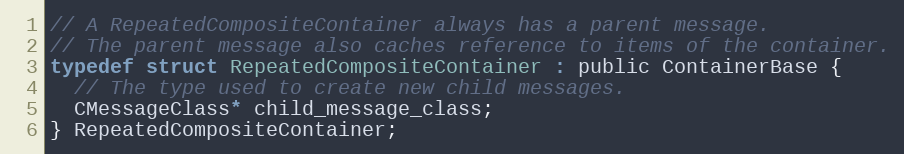
Language: C
// A RepeatedCompositeContainer always has a parent message.
// The parent message also caches reference to items of the container.
typedef struct RepeatedCompositeContainer : public ContainerBase {
  // The type used to create new child messages.
  CMessageClass* child_message_class;
} RepeatedCompositeContainer;